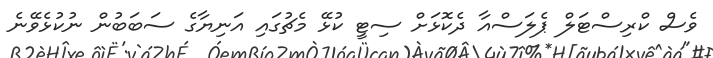
ވެސް ކްރިސްޓަލް ޕެލަސްއާ ދެކޮޅަށް ސިޓީ ކުޅޭ މެޗުގައި އަނިޔާގެ ސަބަބުން ނުކުޅެވޭނެ